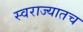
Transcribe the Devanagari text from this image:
स्वराज्यातच